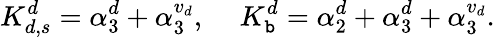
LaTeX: K_{d,s}^{d}=\alpha_{3}^{d}+\alpha_{3}^{{v}_{d}},\, \, \, \, \, \, \, K_{\mathtt{b}}^{d}=\alpha_{2}^{d}+\alpha_{3}^{d}+\alpha_{3}^{{v}_{d}}.